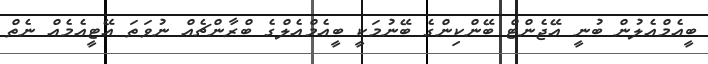
ބީއެމްއެލުން ބުނީ އޭޖެންޓް ބޭންކިންގެ ބޭނުމަކީ ބީއެމްއެލްގެ ބްރާންޗެއް ނުވަތަ އޭޓީއެމެއް ނެތް